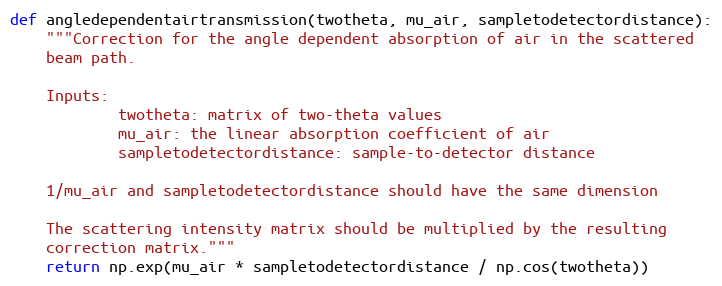
Language: Python
def angledependentairtransmission(twotheta, mu_air, sampletodetectordistance):
    """Correction for the angle dependent absorption of air in the scattered
    beam path.

    Inputs:
            twotheta: matrix of two-theta values
            mu_air: the linear absorption coefficient of air
            sampletodetectordistance: sample-to-detector distance

    1/mu_air and sampletodetectordistance should have the same dimension

    The scattering intensity matrix should be multiplied by the resulting
    correction matrix."""
    return np.exp(mu_air * sampletodetectordistance / np.cos(twotheta))